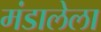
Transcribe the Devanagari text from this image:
मंडालेला